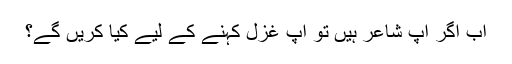
اب اگر آپ شاعر ہیں تو آپ غزل کہنے کے لیے کیا کریں گے؟